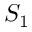
S _ { 1 }